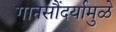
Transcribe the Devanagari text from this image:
गानसौंदर्यामुळे